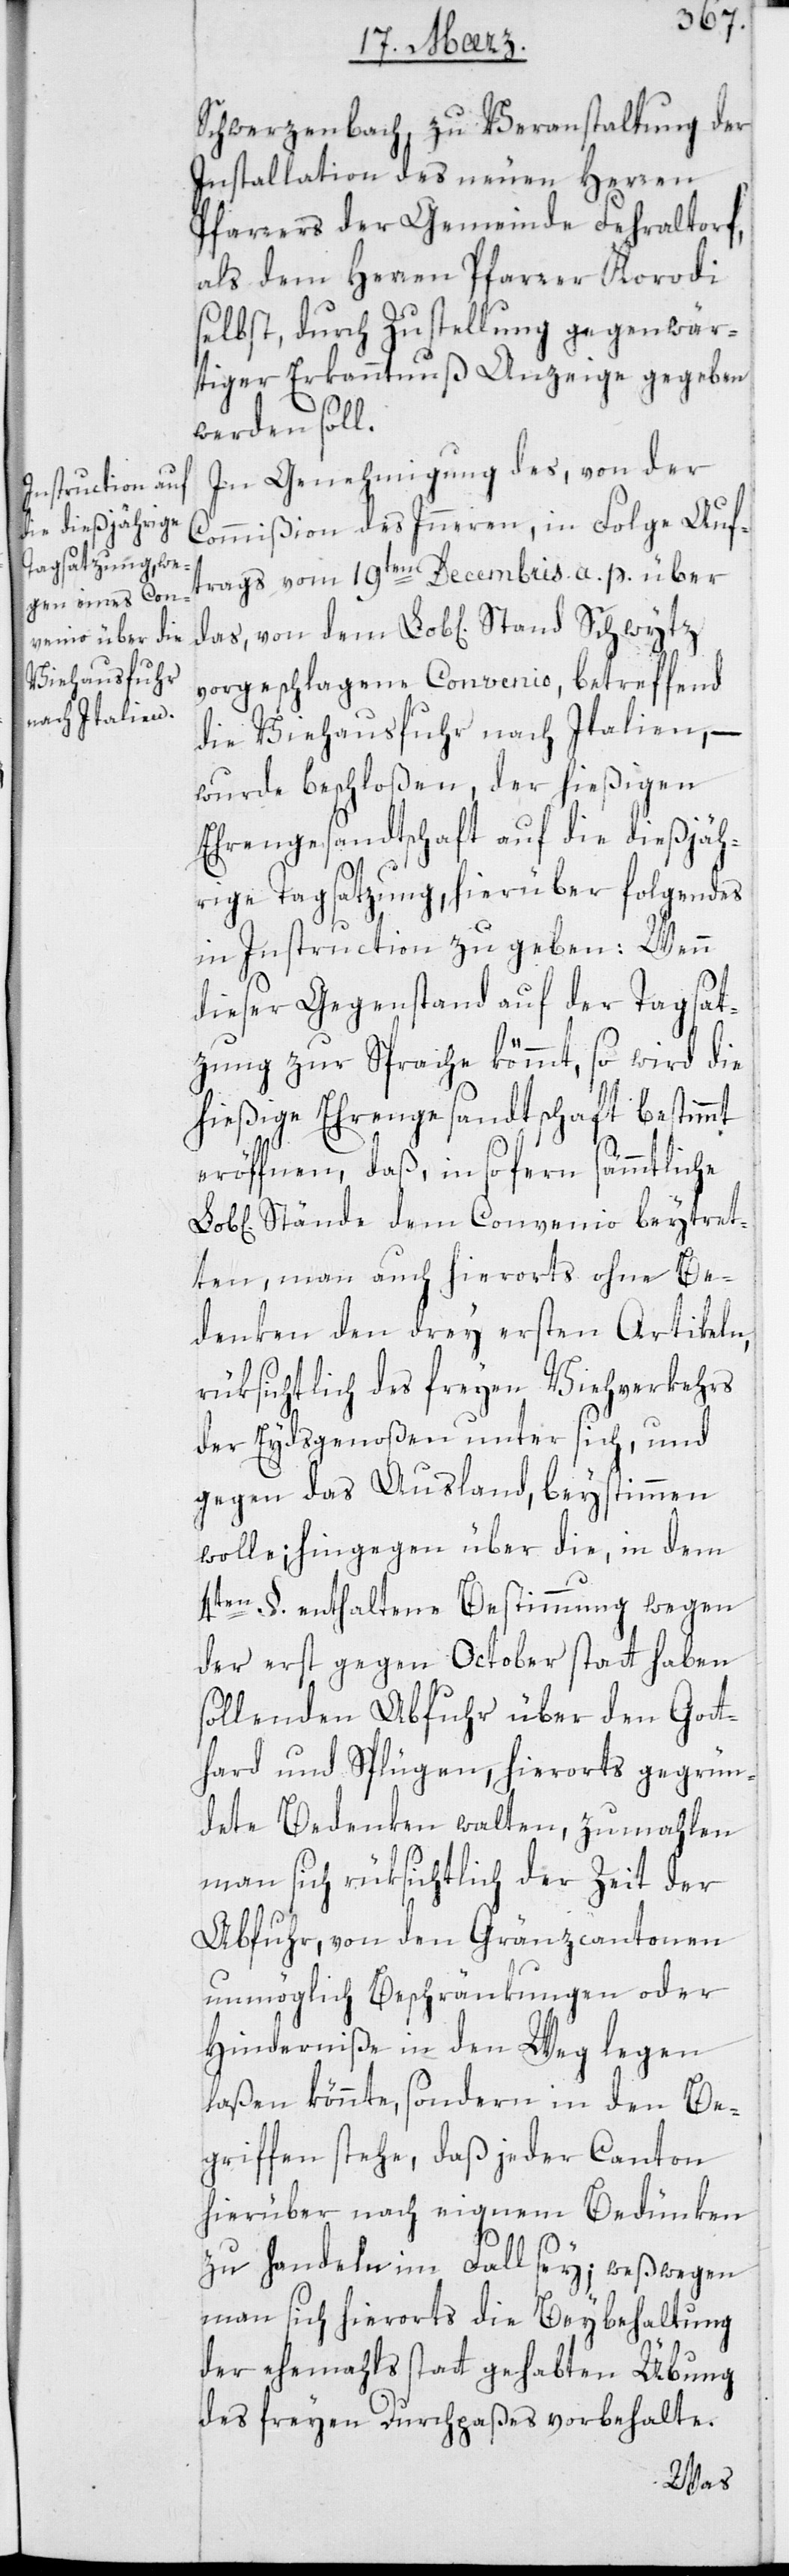
Schwerzenbach, zu Veranstaltung der
Installation des neuen Herren
Pfarrers der Gemeinde Fehraltorf,
als dem Herren Pfarrer Korodi
selbst, durch Zustellung gegenwär¬
tiger Erkanntnuß Anzeige gegeben
werden soll.
In Genehmigung des, von der
Commißion des Innern, in Folge Auf¬
trags vom 19ten Decembris a. p. über
vorgeschlagene Convenio, betreffend
die Viehausfuhr nach Italien, –
wurde beschloßen, der hießigen
Ehrengesandtschaft auf die dießjäh¬
rige Tagsatzung, hierüber Folgendes
in Instruction zu geben: Wenn
dieser Gegenstand auf der Tagsat¬
zung zur Sprache kömmt, so wird die
hießige Ehrengesandtschaft bestimmt
eröffnen, daß in so fern sämmtliche
Stände dem Convenio beytret¬
en, man auch hierorts ohne Be¬
denken den drey ersten Artikeln,
rüksichtlich des freyen Viehverkehrs
der Eydsgenoßen unter sich, und
gegen das Ausland, beystimmen
wolle; hingegen über die, in dem
4ten §. enthaltene Bestimmung wegen
der erst gegen October statt haben
sollenden Abfuhr über den Gott¬
hard und Splügen, hierorts gegrün¬
dete Bedenken walten, zumahlen
man sich rüksichtlich der Zeit der
Abfuhr, von den Gränzcantonen
unmöglich Beschränkungen oder
Hinderniße in den Weg legen
laßen könnte, sondern in den Be¬
griffen stehe, daß jeder Canton
hierüber nach eignen Bedünken
zu handeln im Fall sey; weßwegen
man sich hierorts die Beibehaltung
der ehemahls stattgehabten Übung
des freien Durchpaßes vorbehalte.
das,